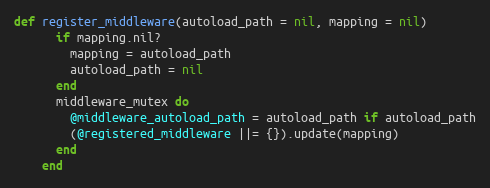
Language: Ruby
def register_middleware(autoload_path = nil, mapping = nil)
      if mapping.nil?
        mapping = autoload_path
        autoload_path = nil
      end
      middleware_mutex do
        @middleware_autoload_path = autoload_path if autoload_path
        (@registered_middleware ||= {}).update(mapping)
      end
    end